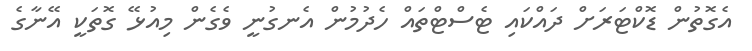
އެގޮތުން ޑޮކްޓަރަށް ދައްކައި ޓެސްޓްތައް ހެދުމުން އެނގުނީ ވެގެން މިއުޅޭ ގޮތަކީ އޭނާގެ